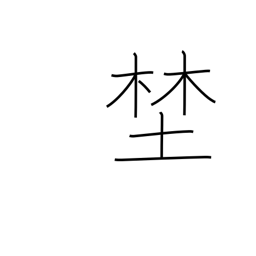
Meaning: wilderness